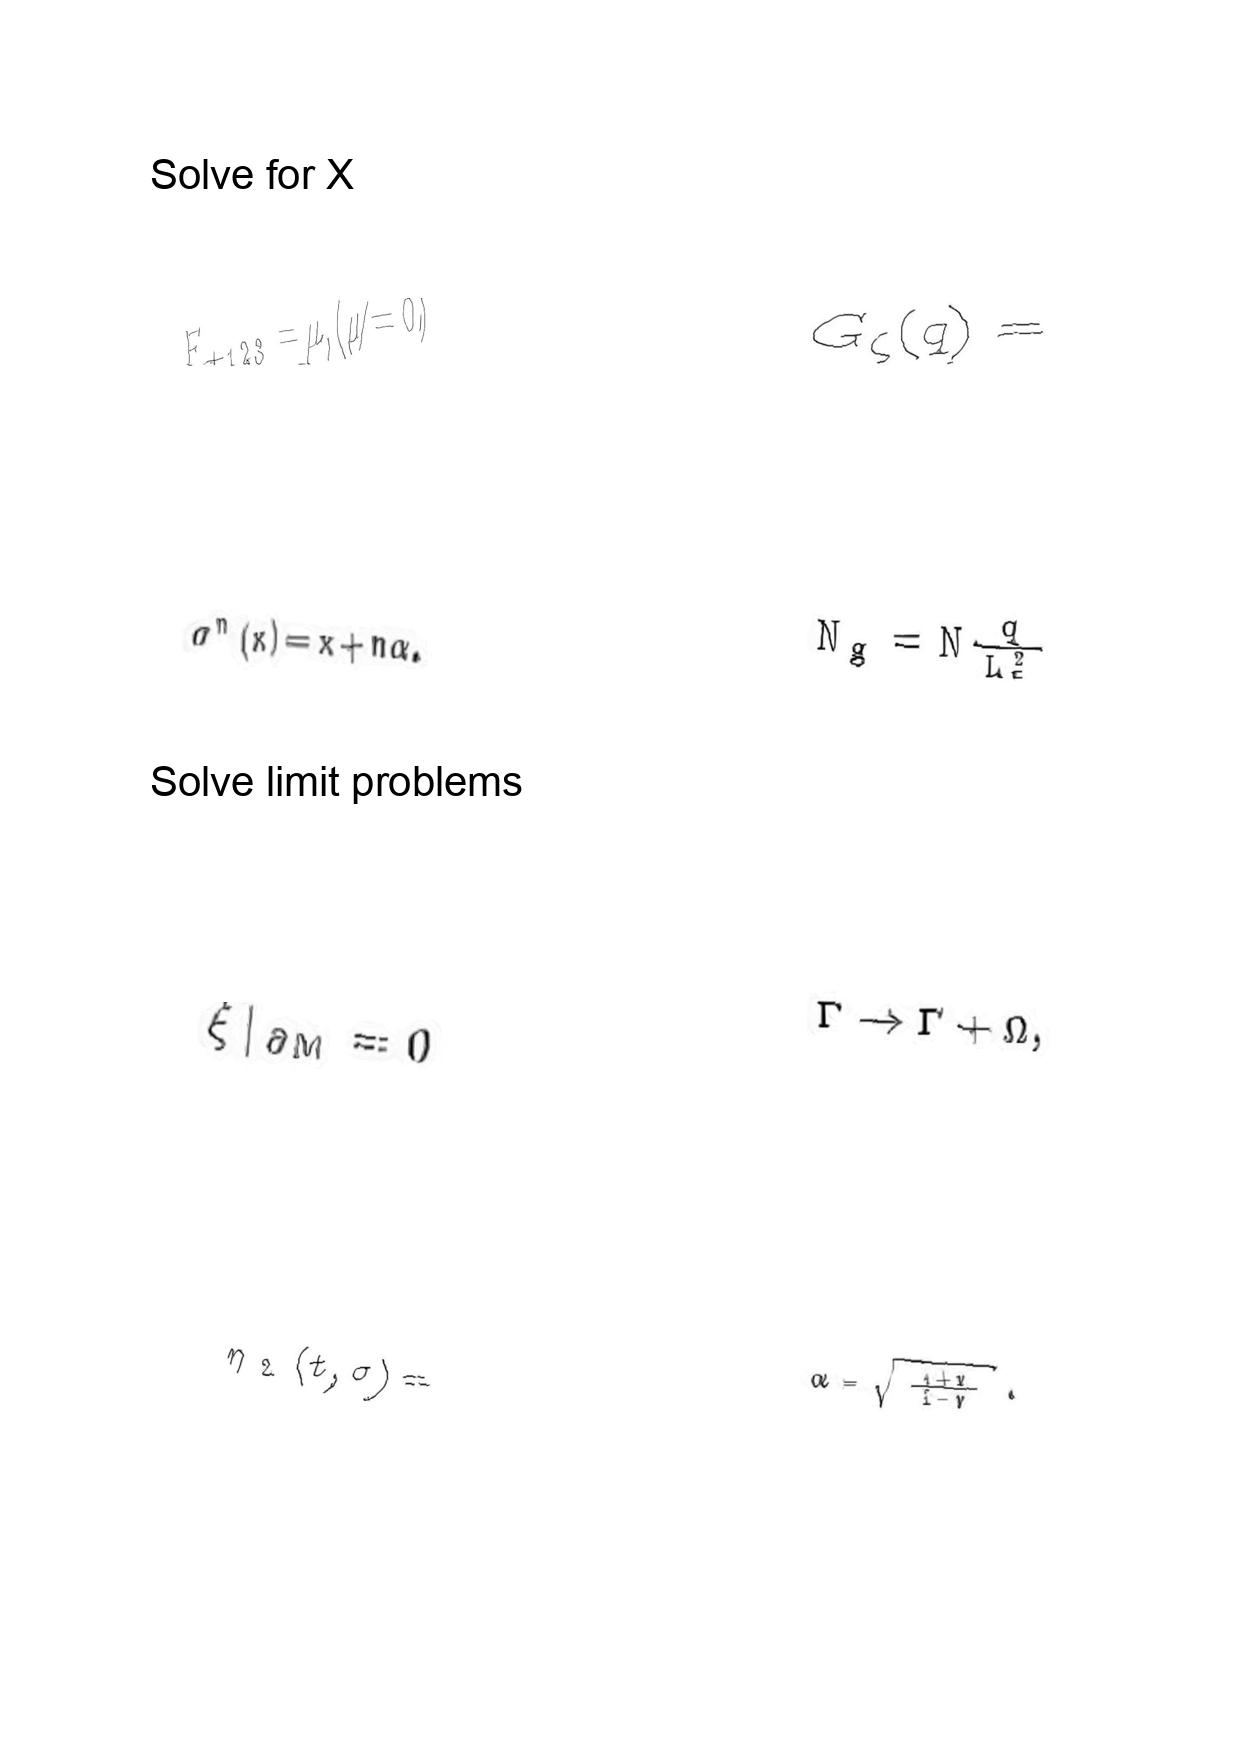
LaTeX transcription:
F _ { + 1 2 3 } = \mu , \lparen \mu \neq 0 \rparen
\sigma ^ { n } \lparen x \rparen = x + n \alpha .
\xi \vert _ { \partial M } = 0
\eta _ { 2 } \lparen t , \sigma \rparen =
G _ { \zeta } \lparen q \rparen =
N _ { g } = N \frac { q } { L _ { 5 } ^ { 2 } }
\Gamma \rightarrow \Gamma + \Omega ,
\alpha = \sqrt { \frac { 1 + v } { 1 - v } } .